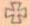
+